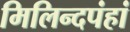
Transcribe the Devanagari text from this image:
मिलिन्दपंहां